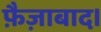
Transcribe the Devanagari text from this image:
फ़ैज़ाबाद।